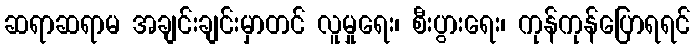
ဆရာဆရာမ အချင်းချင်းမှာတင် လူမှုရေး၊ စီးပွားရေး၊ ကုန်ကုန်ပြောရရင်